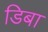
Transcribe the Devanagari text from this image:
डिबा